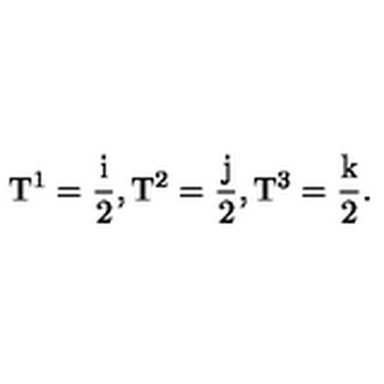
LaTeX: \mathrm { T ^ 1 = \frac { i } { 2 } } , \mathrm { T ^ 2 = \frac { j } { 2 } } , \mathrm { T ^ 3 = \frac { k } { 2 } } .